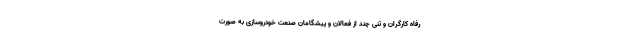
رفاه کارگران و تنی چند از فعالان و پیشگامان صنعت خودروسازی به صورت